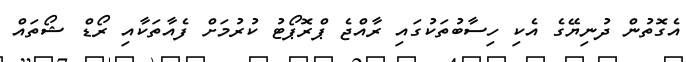
އެގޮތުން ދުނިޔޭގެ އެކި ހިސާބުތަކުގައި ރާއްޖެ ޕްރޮޕޯޓު ކުރުމަށް ފެއާތަކާއި ރޯޑް ޝޯތައް